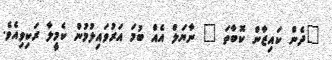
"ދެން ކައިޒާން ކޮބާތަ " ނާޔަލް އެއް ބުމަ އަރުވައިލުމުން ކެމީލާ ރަކިވިއެވެ.